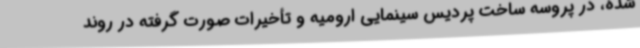
شده، در پروسه ساخت پردیس سینمایی ارومیه و تأخیرات صورت گرفته در روند